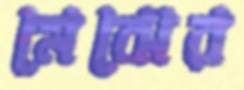
মেঝের